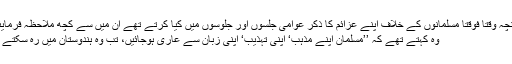
چنانچہ وقتاً فوقتاً مسلمانوں کے خلاف اپنے عزائم کا ذکر عوامی جلسوں اور جلوسوں میں کیا کرتے تھے ان میں سے کچھ ملاحظہ فرمایئے:
وہ کہتے تھے کہ ’’مسلمان اپنے مذہب‘ اپنی تہذیب‘ اپنی زبان سے عاری ہوجائیں، تب وہ ہندوستان میں رہ سکتے ہیں۔